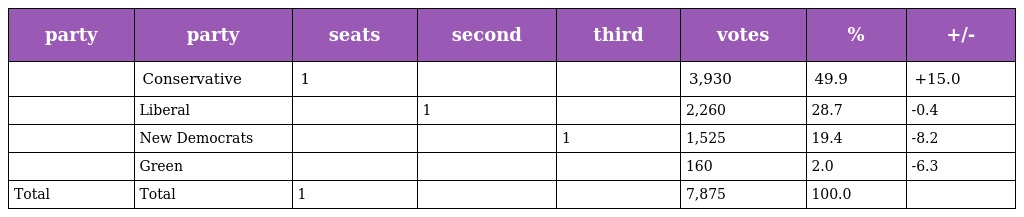
| party | party | seats | second | third | votes | % | +/- |
 | --- | --- | --- | --- | --- | --- | --- | --- |
 |  | Conservative | 1 |  |  | 3,930 | 49.9 | +15.0 |
 |  | Liberal |  | 1 |  | 2,260 | 28.7 | -0.4 |
 |  | New Democrats |  |  | 1 | 1,525 | 19.4 | -8.2 |
 |  | Green |  |  |  | 160 | 2.0 | -6.3 |
 | Total | Total | 1 |  |  | 7,875 | 100.0 |  |